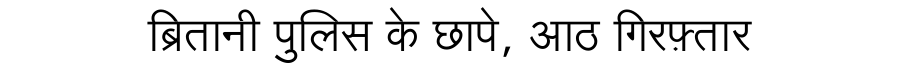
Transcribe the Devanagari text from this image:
ब्रितानी पुलिस के छापे, आठ गिरफ़्तार